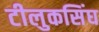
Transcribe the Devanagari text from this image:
टीलुकसिंघ